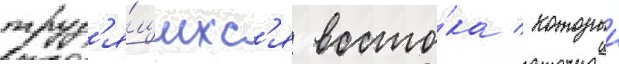
труд'я́щихс'я восто́ка / которыи